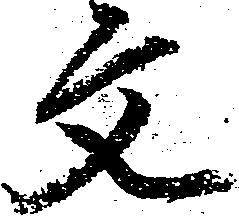
文